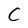
Character: C